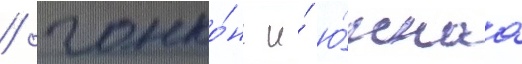
/ гонко́нг и́ ю́жнаа